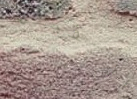
التقيتها